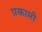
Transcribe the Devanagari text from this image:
प्रकामी